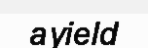
ayield